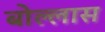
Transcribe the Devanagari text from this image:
बोल्लास